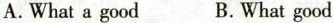
A.What a good B.What good